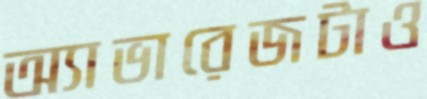
অ্যাভারেজটাও